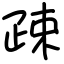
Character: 疎